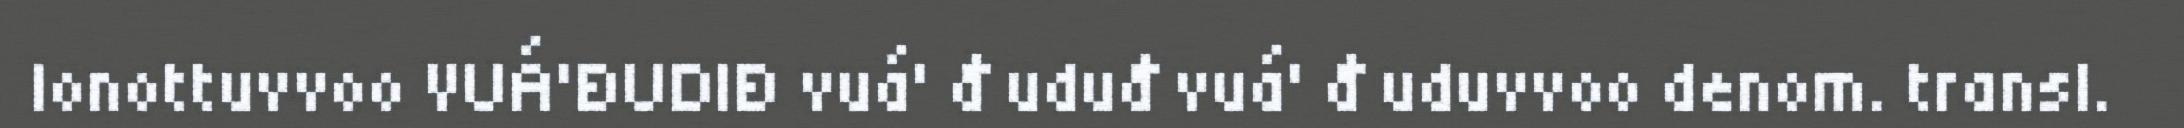
lonottuvvoo VUÁ'ĐUDIĐ vuá' đ uduđ vuá' đ uduvvoo denom. transl.